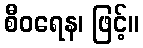
စီဝရေန၊ ဖြင့်။